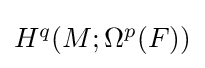
{\textstyle H^{q}(M;\Omega ^{p}(F))}